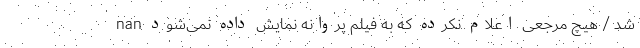
شد / هیچ مرجعی اعلام نکرده که به فیلم پروانه نمایش داده نمی‌شود nan